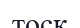
тоск